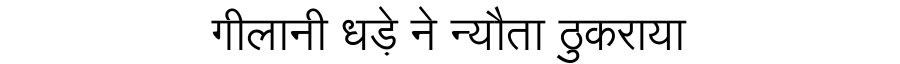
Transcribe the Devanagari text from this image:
गीलानी धड़े ने न्यौता ठुकराया